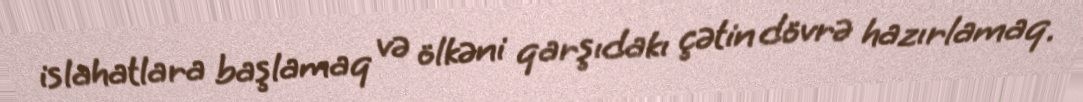
islahatlara başlamaq və ölkəni qarşıdakı çətin dövrə hazırlamaq.